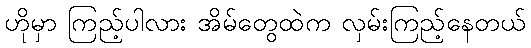
ဟိုမှာ ကြည့်ပါလား အိမ်တွေထဲက လှမ်းကြည့်နေတယ်